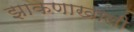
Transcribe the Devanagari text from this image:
झाकणाखाली